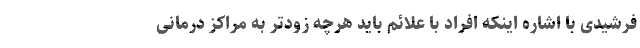
فرشیدی با اشاره اینکه افراد با علائم باید هرچه زودتر به مراکز درمانی